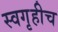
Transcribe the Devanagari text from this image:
स्वगृहीच